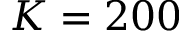
K = 2 0 0